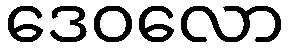
ဒေဝလော